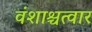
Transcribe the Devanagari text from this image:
वंशाश्चत्वार